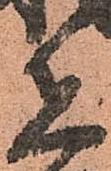
兵